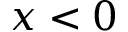
x < 0